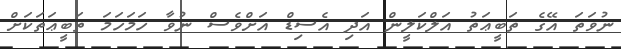
ނުވަތަ އޭގެ ތަބީޢަތު އަލްކަލީން އަދި އެސިޑް އަށްވެސް ނުވާ ހަމަހަމަ ތަބީޢަތަކަށް